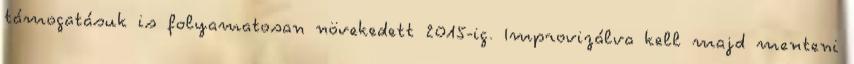
támogatásuk is folyamatosan növekedett 2015-ig. Improvizálva kell majd menteni